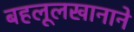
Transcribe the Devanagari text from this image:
बहलूलखानाने